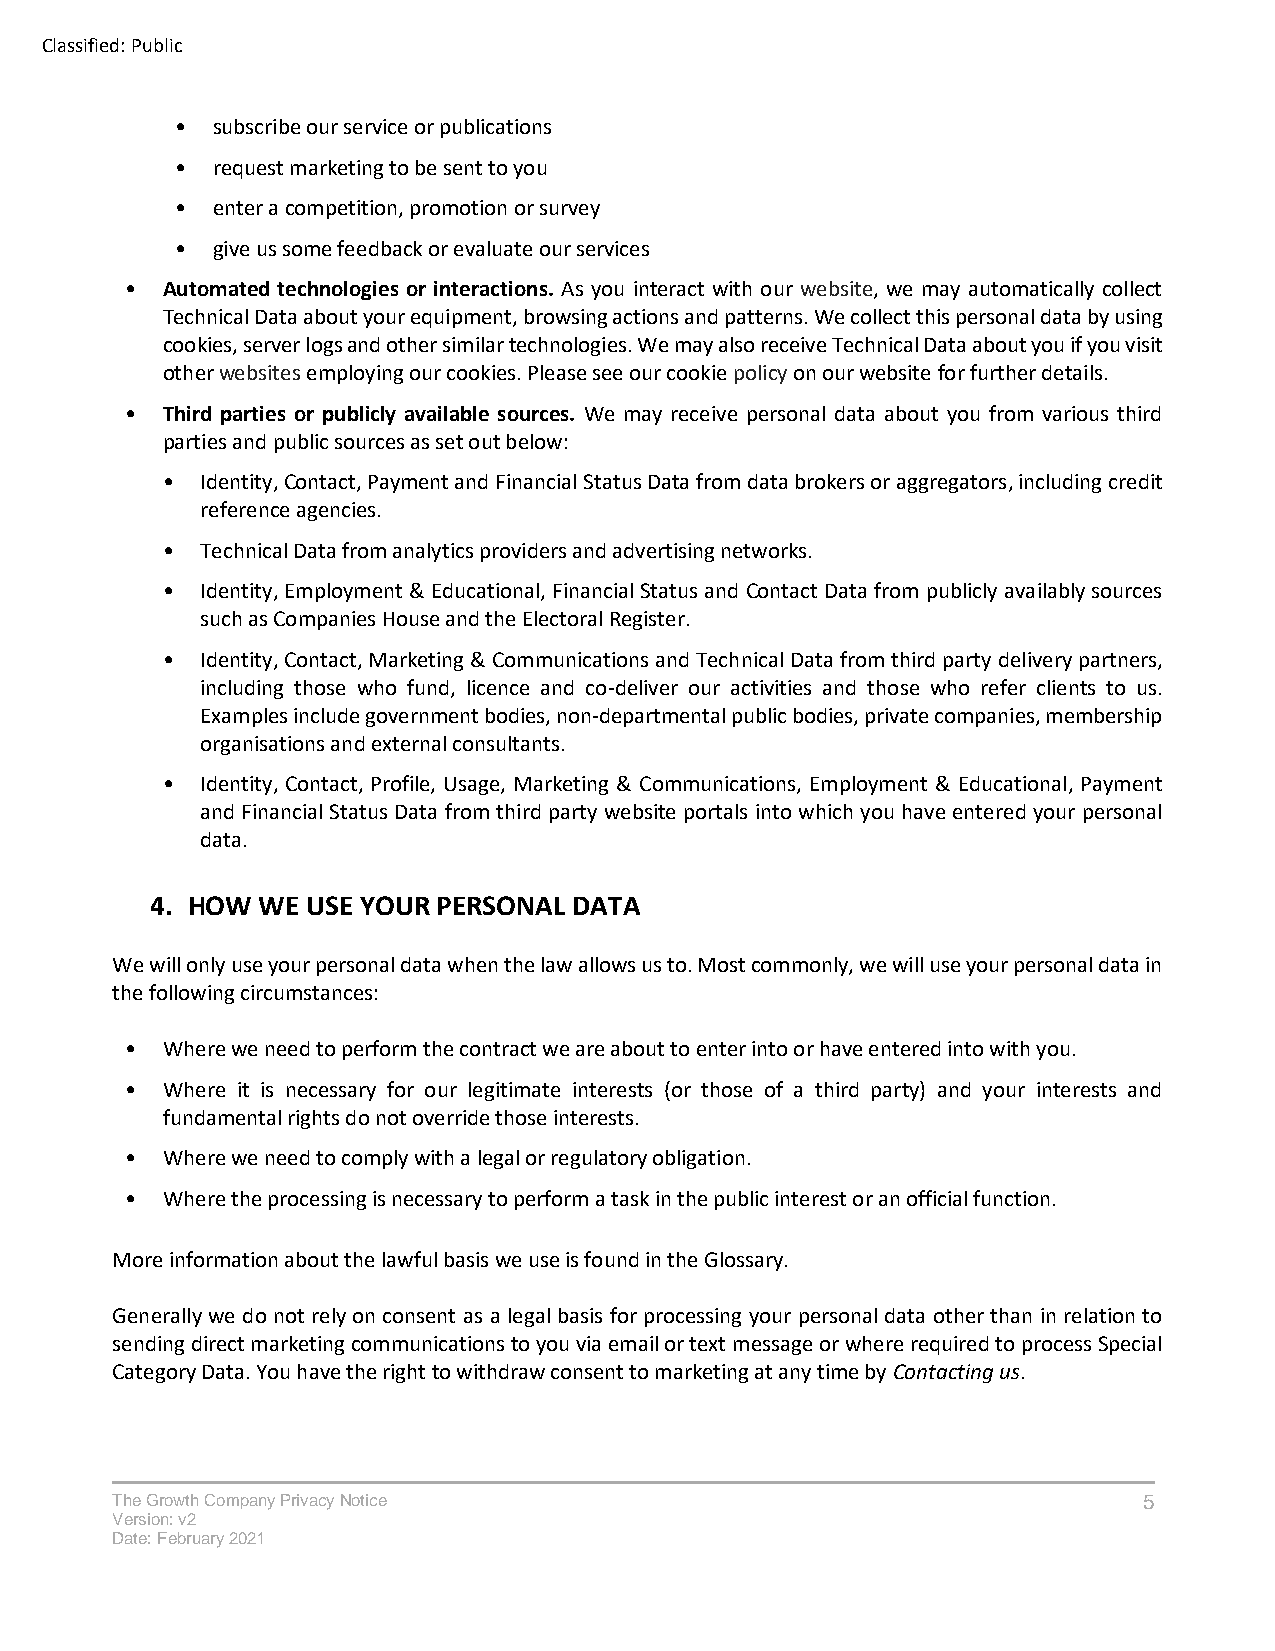
Classified: Public
 • subscribe our service or publications
 • request marketing to be sent to you
 • enter a competition, promotion or survey
 • give us some feedback or evaluate our services
 •  Automated technologies or interactions. As you interact with our website, we may automatically collect
 Technical Data about your equipment, browsing actions and patterns. We collect this personal data by using
 cookies, server logs and other similar technologies. We may also receive Technical Data about you if you visit
 other websites employing our cookies. Please see our cookie policy on our website for further details.
 •  Third parties or publicly available sources. We may receive personal data about you from various third
 parties and public sources as set out below:
 • Identity, Contact, Payment and Financial Status Data from data brokers or aggregators, including credit
 reference agencies.
 • Technical Data from analytics providers and advertising networks.
 • Identity, Employment & Educational, Financial Status and Contact Data from publicly availably sources
 such as Companies House and the Electoral Register.
 • Identity, Contact, Marketing & Communications and Technical Data from third party delivery partners,
 including those who fund, licence and co-deliver our activities and those who refer clients to us.
 Examples include government bodies, non-departmental public bodies, private companies, membership
 organisations and external consultants.
 • Identity, Contact, Profile, Usage, Marketing & Communications, Employment & Educational, Payment
 and Financial Status Data from third party website portals into which you have entered your personal
 data.
 4. HOW WE USE YOUR PERSONAL DATA
 We will only use your personal data when the law allows us to. Most commonly, we will use your personal data in
 the following circumstances:
 •  Where we need to perform the contract we are about to enter into or have entered into with you.
 •  Where it is necessary for our legitimate interests (or those of a third party) and your interests and
 fundamental rights do not override those interests.
 •  Where we need to comply with a legal or regulatory obligation.
 •  Where the processing is necessary to perform a task in the public interest or an official function.
 More information about the lawful basis we use is found in the Glossary.
 Generally we do not rely on consent as a legal basis for processing your personal data other than in relation to
 sending direct marketing communications to you via email or text message or where required to process Special
 Category Data. You have the right to withdraw consent to marketing at any time by Contacting us.
 The Growth Company Privacy Notice                                    5
 Version: v2
 Date: February 2021